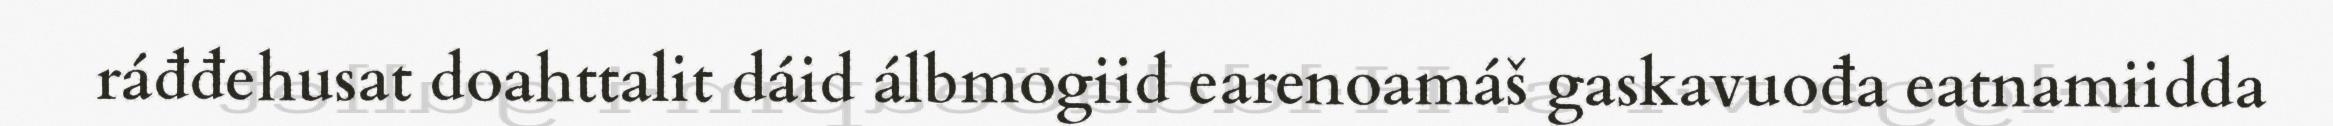
ráđđehusat doahttalit dáid álbmogiid earenoamáš gaskavuođa eatnamiidda